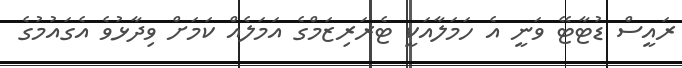
ރައީސް ޑުޓާޓޭ ވަނީ އެ ހަމަލާއަކީ ޓެރަރިޒަމްގެ އަމަލެއް ކަމަށް ވިދާޅުވެ އެގައުމުގެ